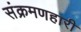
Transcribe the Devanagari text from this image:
संक्रमणहारी